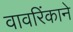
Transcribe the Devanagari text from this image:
वावरिंकाने